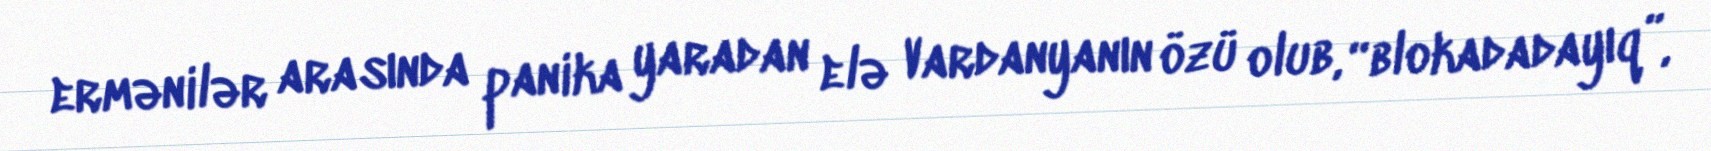
ermənilər arasında panika yaradan elə Vardanyanın özü olub, “blokadadayıq”,